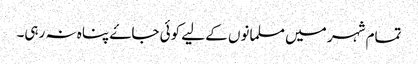
تمام شہر میں مسلمانوں کے لیے کوئی جاۓ پناہ نہ رہی۔